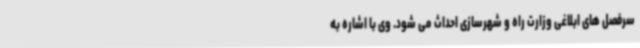
سرفصل های ابلاغی وزارت راه و شهرسازی احداث می شود. وی با اشاره به